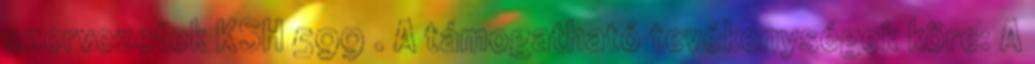
szervezetek KSH 599 . A támogatható tevékenységek köre: A